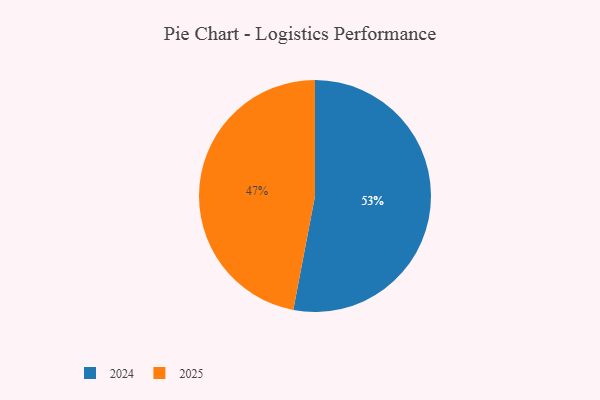
{"axis": {"x": "Category", "y": "Percentage"}, "legend": ["2024", "2025"], "data": [{"x": "2025", "y": 47, "type": "2025"}, {"x": "2024", "y": 53, "type": "2024"}]}